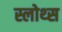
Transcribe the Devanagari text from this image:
स्लोथ्स